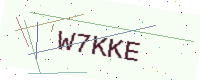
Text: W7KKE